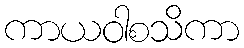
ကာယဝါစသိကာ